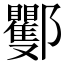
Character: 䣤